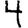
Digit: 4